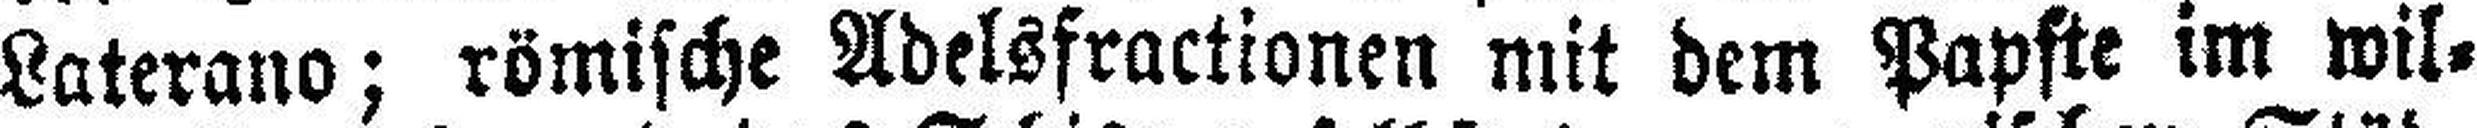
Laterano; römische Adelsfractionen mit dem Papste im wil¬